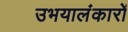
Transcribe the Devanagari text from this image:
उभयालंकारों